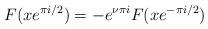
LaTeX: \begin{align*}F(xe^{\pi i/2})=-e^{\nu \pi i}F(xe^{-\pi i/2})\end{align*}